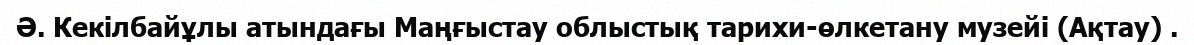
Ә. Кекілбайұлы атындағы Маңғыстау облыстық тарихи-өлкетану музейі (Ақтау) .